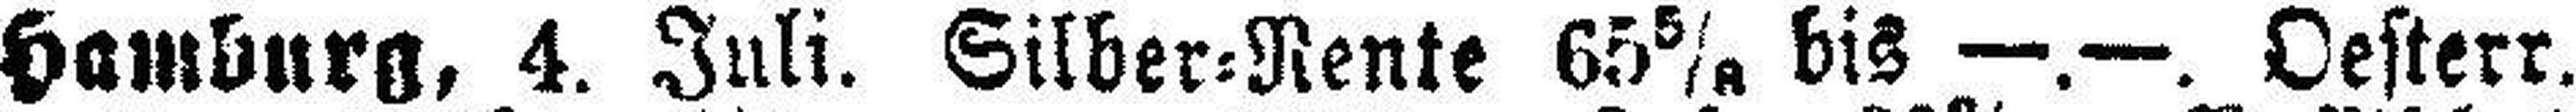
Hamburg, 4. Juli. Silber=Rente 65 5/8 bis —.—. Oesterr.